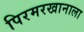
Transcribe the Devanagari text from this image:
पिरमरखानाला